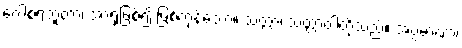
ဂေါစရဘူတာ၊ အာရုံဖြစ်၍ ဖြစ်ကုန်သော။ သတ္တာ၊ သတ္တာဝါတို့သည်။ အပ္ပမာဏာ၊